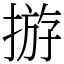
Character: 𢰧